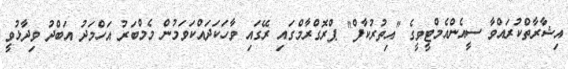
އިޝާރާތްކުރައްވާ ސީއެންއެމްޓީވީގެ "އިތުރުކާފް" ޕްރޮގްރާމްގައި ރޭގައި ވާހަކަދައްކަވަމުން މެމްބަރު އަހްމަދު އަބްދު ވިދާޅުވީ